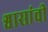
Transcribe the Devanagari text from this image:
श्वासांची